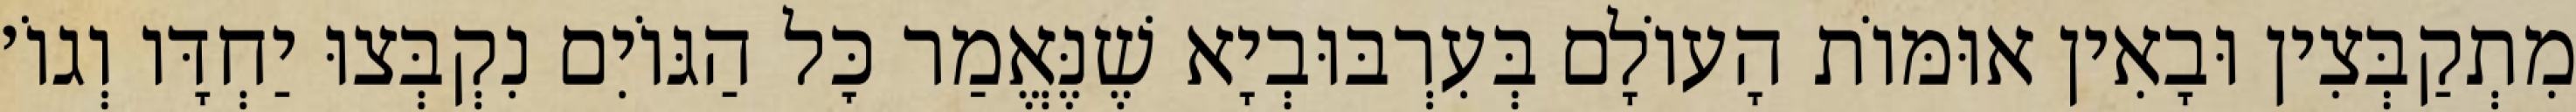
מִתְקַבְּצִין וּבָאִין אוּמּוֹת הָעוֹלָם בְּעִרְבּוּבְיָא שֶׁנֶּאֱמַר כׇּל הַגּוֹיִם נִקְבְּצוּ יַחְדָּו וְגוֹ׳